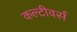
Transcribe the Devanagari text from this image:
कल्टीवर्स